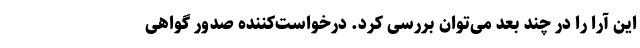
این آرا را در چند بُعد می‌توان بررسی کرد. درخواست‌کننده صدور گواهی